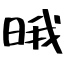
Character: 𣇕